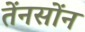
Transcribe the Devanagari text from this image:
तेंनसोंन